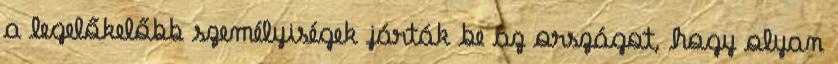
a legelőkelőbb személyiségek járták be az országot, hogy olyan